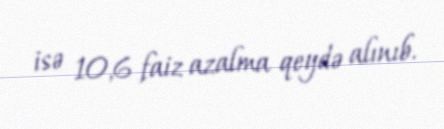
isə 10,6 faiz azalma qeydə alınıb.